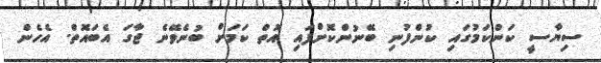
ސިޔާސީ ކަންކަމުގައި ކުންފުނި ބޭނުންކޮށްފައި އޮތް ކަމަށް ބުނެވޭނެ ޖާގަ އެބައޮތް. އެހެން